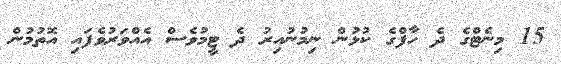
15 މިނެޓްގެ ދެ ހާފްގެ ކުޅުން ނިމުނުއިރު ދެ ޓީމުވެސް އެއްވަރުވެފައި އޮތުމުން